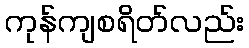
ကုန်ကျစရိတ်လည်း